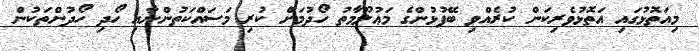
މިއަތޮޅުގައި އަތޮޅުވެރިކަން ކުރެއްވި ބޭފުޅުންގެ މަޢުލޫމާތު ހޯދުމަށް ކުރި މަސައްކަތުންނާއި ހޯދި ހޯދުންތަކުން